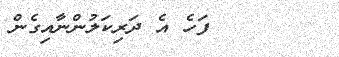
٢٢       ފަހެ އެ ދަރިކަލުންނާއިގެން